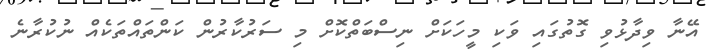
އޭނާ ވިދާޅުވި ގޮތުގައި ވަކި މީހަކަށް ނިސްބަތްކޮށް މި ސަރުކާރުން ކަންތައްތަކެއް ނުކުރާނެ